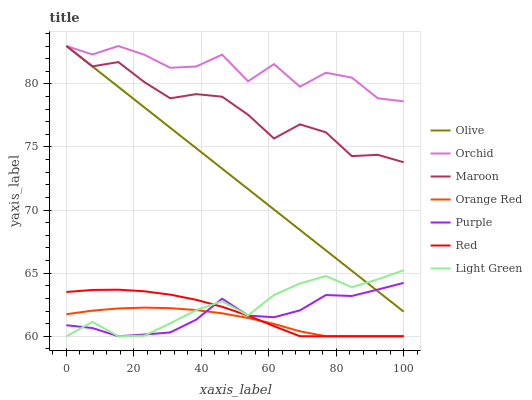
| xaxis_label | Olive | Orchid | Maroon | Orange Red | Purple | Red | Light Green |
 | --- | --- | --- | --- | --- | --- | --- | --- |
 | 0 | 83 | 83 | 83 | 61.7 | 60.9 | 63.5 | 60 |
 | 7.69 | 81.4 | 82.3 | 81.4 | 62 | 60.7 | 63.7 | 61.1 |
 | 15.4 | 79.8 | 83 | 81.7 | 62.2 | 60 | 63.7 | 60 |
 | 23.1 | 78.1 | 82.3 | 80.1 | 62.3 | 60.1 | 63.6 | 60 |
 | 30.8 | 76.5 | 81.3 | 78.9 | 62.2 | 60.3 | 63.3 | 61 |
 | 38.5 | 74.9 | 81.4 | 79.2 | 62.1 | 61.3 | 62.9 | 62.1 |
 | 46.2 | 73.3 | 82.3 | 79 | 61.8 | 63 | 62.3 | 62.8 |
 | 53.8 | 71.7 | 80.2 | 77.6 | 61.4 | 61.6 | 61.6 | 61.7 |
 | 61.5 | 70 | 81.6 | 75.7 | 61 | 61.5 | 60.8 | 63.3 |
 | 69.2 | 68.4 | 79.8 | 76.8 | 60.4 | 62.1 | 60 | 64.2 |
 | 76.9 | 66.8 | 80.9 | 76.2 | 60 | 63.3 | 60 | 64.8 |
 | 84.6 | 65.2 | 80.5 | 74.3 | 60 | 63.2 | 60 | 63.9 |
 | 92.3 | 63.6 | 78.9 | 74.4 | 60 | 63.7 | 60 | 64.5 |
 | 100 | 61.9 | 78.6 | 73.8 | 60 | 64.2 | 60 | 65.2 |